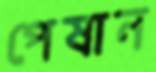
পেষান